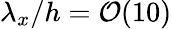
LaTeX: \lambda_{x}/h=\mathcal{O}(10)